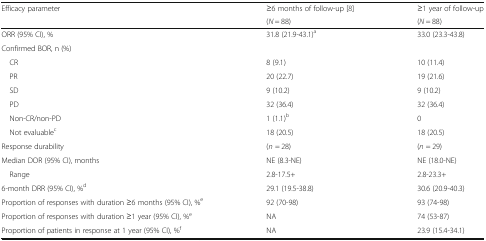
| <ROWSPAN=2> Efficacy parameter | ≥6 months of follow-up [8] | ≥1 year of follow-up |
 | (N = 88) | (N = 88) |
 | --- | --- | --- |
 | ORR (95% CI), % | 31.8 (21.9-43.1)a | 33.0 (23.3-43.8) |
 | <COLSPAN=3> Confirmed BOR, n (%) |
 | CR | 8 (9.1) | 10 (11.4) |
 | PR | 20 (22.7) | 19 (21.6) |
 | SD | 9 (10.2) | 9 (10.2) |
 | PD | 32 (36.4) | 32 (36.4) |
 | Non-CR/non-PD | 1 (1.1)b | 0 |
 | Not evaluablec | 18 (20.5) | 18 (20.5) |
 | Response durability | (n = 28) | (n = 29) |
 | Median DOR (95% CI), months | NE (8.3-NE) | NE (18.0-NE) |
 | Range | 2.8-17.5+ | 2.8-23.3+ |
 | 6-month DRR (95% CI), %d | 29.1 (19.5-38.8) | 30.6 (20.9-40.3) |
 | Proportion of responses with duration ≥6 months (95% CI), %e | 92 (70-98) | 93 (74-98) |
 | Proportion of responses with duration ≥1 year (95% CI), %e | NA | 74 (53-87) |
 | Proportion of patients in response at 1 year (95% CI), %f | NA | 23.9 (15.4-34.1) |